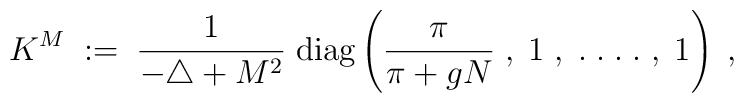
K^M \; := \; \frac{1}{-\triangle + M^2} \; \mbox{diag} \left(\frac{\pi}{\pi + gN} \; , \;1 \; , \; . \; . \; . \; . \; , \;1 \right) \; ,